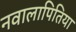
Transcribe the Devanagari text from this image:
नवालापितिया